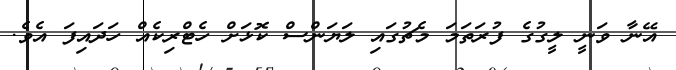
އޭނާ ވަނީ ލީގުގެ ފުރަތަމަ މެޗުގައި ލަޔަންސް ކޮޅަށް ހެޓްރިކެއް ހަދައިފަ އެވެ.